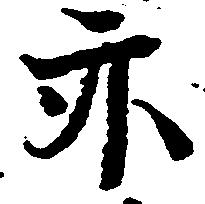
亦